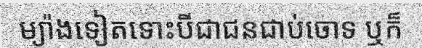
ម្យ៉ាងទៀតទោះបីជាជនជាប់ចោទ ឬក៏